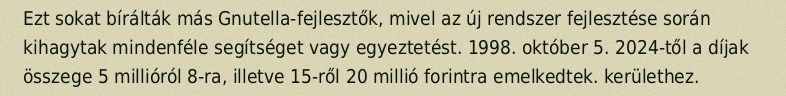
Ezt sokat bírálták más Gnutella-fejlesztők, mivel az új rendszer fejlesztése során kihagytak mindenféle segítséget vagy egyeztetést. 1998. október 5. 2024-től a díjak összege 5 millióról 8-ra, illetve 15-ről 20 millió forintra emelkedtek. kerülethez.